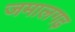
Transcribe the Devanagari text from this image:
जमालगढ़